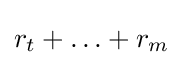
r_{t}+\ldots +r_{m}